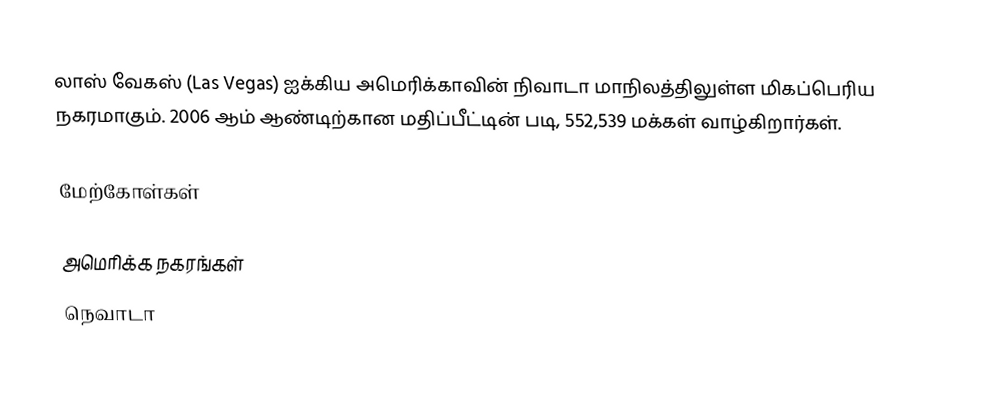
லாஸ் வேகஸ் (Las Vegas) ஐக்கிய அமெரிக்காவின் நிவாடா மாநிலத்திலுள்ள மிகப்பெரிய நகரமாகும். 2006 ஆம் ஆண்டிற்கான மதிப்பீட்டின் படி, 552,539 மக்கள் வாழ்கிறார்கள்.

மேற்கோள்கள்

அமெரிக்க நகரங்கள்
நெவாடா